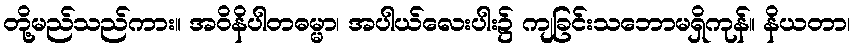
တို့မည်သည်ကား။ အဝိနိပါတဓမ္မာ၊ အပါယ်လေးပါး၌ ကျခြင်းသဘောမရှိကုန်။ နိယတာ၊